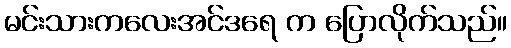
မင်းသားကလေးအင်ဒရေ က ပြောလိုက်သည်။